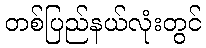
တစ်ပြည်နယ်လုံးတွင်